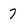
Character: 7